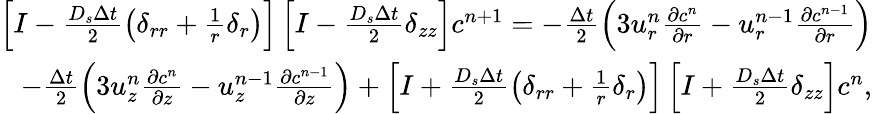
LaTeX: \begin{array}{r}{\left[I-\frac{D_{s}\Delta t}{2}\left(\delta_{rr}+\frac{1}{r}\delta_{r}\right)\right]\left[I-\frac{D_{s}\Delta t}{2}\delta_{zz}\right]c^{n+1}=-\frac{\Delta t}{2}\left(3u_{r}^{n}\frac{\partial c^{n}}{\partial r}-u_{r}^{n-1}\frac{\partial c^{n-1}}{\partial r}\right)}\\ {-\frac{\Delta t}{2}\left(3u_{z}^{n}\frac{\partial c^{n}}{\partial z}-u_{z}^{n-1}\frac{\partial c^{n-1}}{\partial z}\right)+\left[I+\frac{D_{s}\Delta t}{2}\left(\delta_{rr}+\frac{1}{r}\delta_{r}\right)\right]\left[I+\frac{D_{s}\Delta t}{2}\delta_{zz}\right]c^{n},}\end{array}